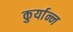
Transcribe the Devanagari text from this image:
कुर्यान्न